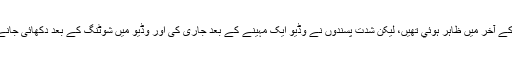
انہوں نے کہا کہ کرنل امام کی موت کی خبریں جنوری کے آخر میں ظاہر ہوئي تھیں، لیکن شدت پسندوں نے وڈیو ایک مہینے کے بعد جاری کی اور وڈیو میں شوٹنگ کے بعد دکھائی جانے والی لاش کرنل امام کے جسم سے بھاری نظر آتی ہے۔